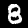
Label: 8